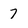
Character: 7